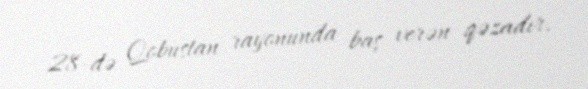
28-də Qobustan rayonunda baş verən qəzadır.